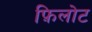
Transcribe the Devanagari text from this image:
फ़िलोट